Scottish Leaving Certificate Examination, 1952
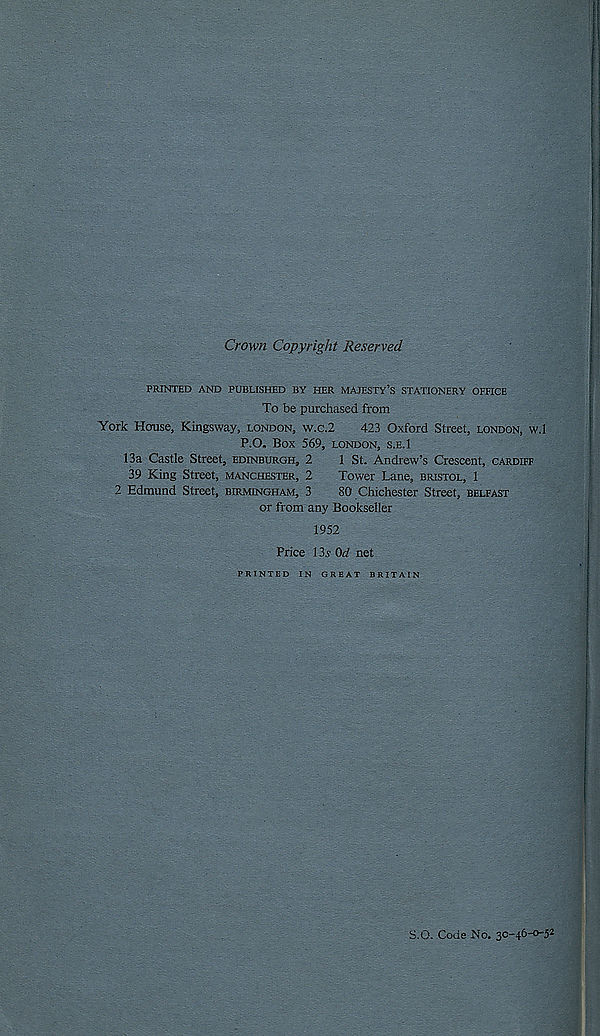
Crown Copyright Reserved
PRINTED AND PUBLISHED BY HER MAJESTY’S STATIONERY OFFICE
To be purchased from
York House, Kingsway, London, w.c.2
423 Oxford Street, London, w.l
P.O. Box 569, LONDON, S.E.l
13a Castle Street, Edinburgh, 2
1 St. Andrew’s Crescent, Cardiff
39 King Street, Manchester, 2
Tower Lane, Bristol, 1
2 Edmund Street, Birmingham, 3
80 Chichester Street, Belfast
or from any Bookseller
1952
Price 13s 0d net
PRINTED IN GREAT BRITAIN
S.O. Code No. 3C-46-0-5 2